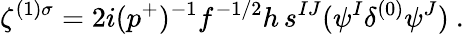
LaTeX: \zeta^{(1)\sigma}=2i(p^{+})^{-1}f^{-1/2}h\, s^{IJ}(\psi^{I}\delta^{(0)}\psi^{J})~.